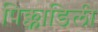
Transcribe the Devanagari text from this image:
पिक्काडिली